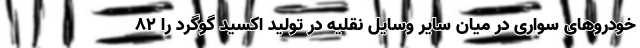
خودروهای سواری در میان سایر وسایل نقلیه در تولید اکسید گوگرد را ۸۲